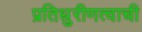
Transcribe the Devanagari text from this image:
प्रतिधुरीणत्वाची